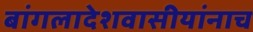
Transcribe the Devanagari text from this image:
बांगलादेशवासीयांनाच